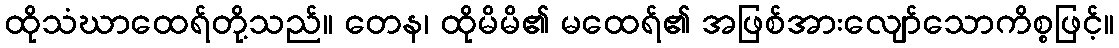
ထိုသံဃာထေရ်တို့သည်။ တေန၊ ထိုမိမိ၏ မထေရ်၏ အဖြစ်အားလျော်သောကိစ္စဖြင့်။